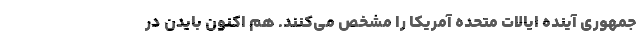
جمهوری آینده ایالات متحده آمریکا را مشخص می‌کنند. هم اکنون بایدن در